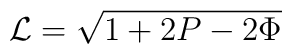
{\cal L}=\sqrt{ 1 + 2P - 2\Phi}